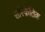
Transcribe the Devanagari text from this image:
सांस्‍क़तिक